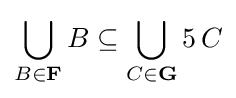
\bigcup _{B\in \mathbf {F} }B\subseteq \bigcup _{C\in \mathbf {G} }5\,C